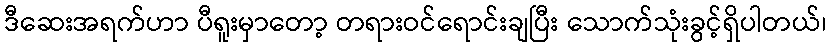
ဒီဆေးအရက်ဟာ ပီရူးမှာတော့ တရားဝင်ရောင်းချပြီး သောက်သုံးခွင့်ရှိပါတယ်၊